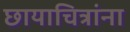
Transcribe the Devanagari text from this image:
छायाचित्रांना